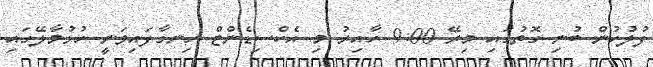
ފުލުހުން ބުނި ގޮތުގައި މިރޭ 9:00 ހާއިރު މި އެކްސިޑެންޓް ހިނގާފައިވަނީ ހުޅުމާލޭގައި